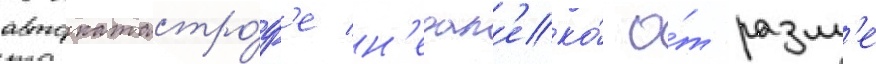
автокатастро́ф'е н'едал'еко́ о́т рамл'е